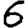
Digit: 6